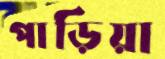
পাড়িয়া